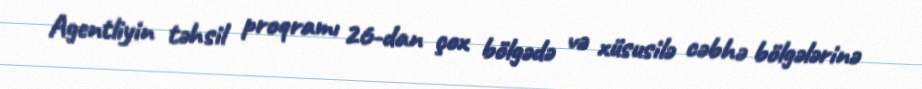
Agentliyin təhsil proqramı 26-dan çox bölgədə və xüsusilə cəbhə bölgələrinə